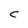
Character: C